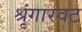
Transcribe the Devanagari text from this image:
श्रृंगारवट